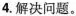
4.解决问题。